Lunatic asylums Madras 1892-1911 - 1892-1911
Year: 1892
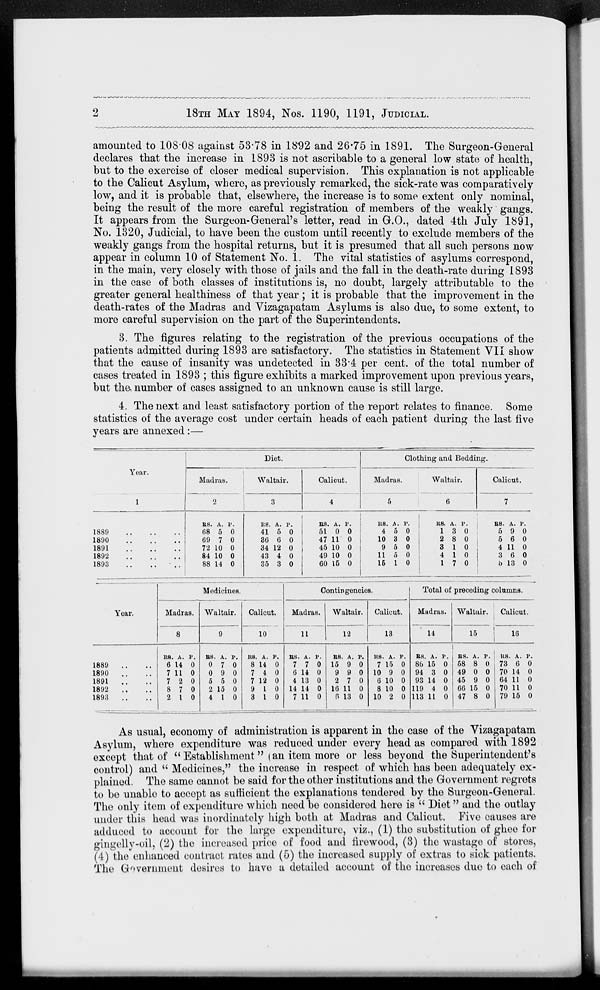
2
18TH
MAY
1894,
Nos.
1190,
1191,
JUDICIAL.
amounted to 108.08 against 53.78 in 1892 and 26.75 in 1891. The Surgeon-General
declares that the increase in 1893 is not ascribable to a general low state of health,
but to the exercise of closer medical supervision. This explanation is not applicable
to the Calicut Asylum, where, as previously remarked, the sick-rate was comparatively
low, and it is probable that, elsewhere, the increase is to some extent only nominal,
being the result of the more careful registration of members of the weakly gangs.
It appears from the Surgeon-General's letter, read in G.O., dated 4th July 1891,
No. 1320, Judicial, to have been the custom until recently to exclude members of the
weakly gangs from the hospital returns, but it is presumed that all such persons now
appear in column 10 of Statement No. 1. The vital statistics of asylums correspond,
in the main, very closely with those of jails and the fall in the death-rate during 1893
in the case of both classes of institutions is, no doubt, largely attributable to the
greater general healthiness of that year ; it is probable that the improvement in the
death-rates of the Madras and Vizagapatam Asylums is also due, to some extent, to
more careful supervision on the part of the Superintendents.
3. The figures relating to the registration of the previous occupations of the
patients admitted during 1893 are satisfactory. The statistics in Statement VII show
that the cause of insanity was undetected in 33.4 per cent. of the total number of
cases treated in 1893 ; this figure exhibits a marked improvement upon previous years,
but the number of cases assigned to an unknown cause is still large.
4. The next and least satisfactory portion of the report relates to finance. Some
statistics of the average cost under certain heads of each patient during the last five
years are annexed :—
Year.
1
1889
..
..
..
1890
..
..
..
1891
..
..
..
1892
..
..
..
1893 .. .. ..
Diet.
Madras.
2
Rs.
68
69
72
84
88
A.
5
7
10
10
14
P.
0
0
0
0
0
Waltair.
3
Rs.
41
36
34
43
35
A.
5
6
12
4
3
P.
0
0
0
0
0
Calicut.
4
Rs.
51
47
45
49
60
A.
0
11
10
10
15
P.
0
0
0
0
0
Clothing and Bedding.
Madras.
5
Rs.
4
10
9
11
15
A.
5
3
5
5
1
P.
0
0
0
0
0
Waltair.
6
Rs.
1
2
3
4
1
A.
3
8
1
1
7
P.
0
0
0
0
0
Calicut.
7
Rs.
5
5
4
3
5
A.
9
6
11
6
13
P.
0
0
0
0
0
Year.
1889 .. ..
1890 .. ..
1891 .. ..
1892 .. ..
1893 .. ..
Medicines.
Madras.
8
Rs.
6
7
7
8
2
A.
14
11
2
7
1
P.
0
0
0
0
0
Waltair.
9
Rs.
0
0
5
2
4
A.
7
9
5
15
1
P.
0
0
0
0
0
Calicut.
10
Rs.
8
7
7
9
3
A.
14
4
12
1
1
P.
0
0
0
0
0
Contingencies.
Madras.
11
Rs.
7
6
4
14
7
A.
7
14
13
14
11
P.
0
0
0
0
0
Waltair.
12
Rs.
15
9
2
16
6
A.
9
9
7
11
13
P.
0
0
0
0
0
Calicut.
13
Rs.
7
10
6
8
10
A.
15
9
10
10
2
P.
0
0
0
0
0
Total of preceding columns.
Madras.
14
Rs.
86
94
93
119
113
A.
15
3
14
4
11
P.
0
0
0
0
0
Waltair.
15
Rs.
58
49
45
66
47
A.
8
0
9
15
8
--
0
0
0
0
0
Calicut.
16
Rs.
73
70
64
70
79
A.
6
14
11
11
15
P.
0
0
0
0
0
As usual, economy of administration is apparent in the case of the Vizagapatam
Asylum, where expenditure was reduced under every head as compared with 1892
except that of " Establishment" (an item more or less beyond the Superintendent's
control) and "Medicines," the increase in respect of which has been adequately ex-
plained. The same cannot be said for the other institutions and the Government regrets
to be unable to accept as sufficient the explanations tendered by the Surgeon-General.
The only item of expenditure which need be considered here is " Diet" and the outlay
under this head was inordinately high both at Madras and Calicut. Five causes are
adduced to account for the large expenditure, viz., (1) the substitution of ghee for
gingelly-oil, (2) the increased price of food and firewood, (3) the wastage of stores,
(4) the enhanced contract rates and (5) the increased supply of extras to sick patients.
The Government desires to have a detailed account of the increases due to each of